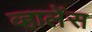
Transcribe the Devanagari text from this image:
व्हालेंस